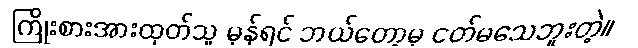
ကြိုးစားအားထုတ်သူ မှန်ရင် ဘယ်တော့မှ ငတ်မသေဘူးတဲ့။